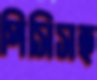
পিসিসহ